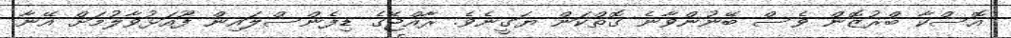
އޮސްކާ ބްރުޒޮން ވެސް ބޭނުންވާނެ ގޮތްކަން ޔަގީނެވެ. ރާއްޖޭގެ ޑިފެންސްލައިން ފޫއަޅުވާލުމަށް އޭނާ